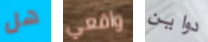
هل واقعي دواين